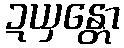
ဍယှန္တော